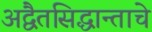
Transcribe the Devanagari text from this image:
अद्वैतसिद्धान्ताचे